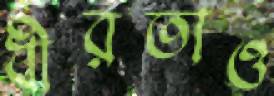
ধীরতাও